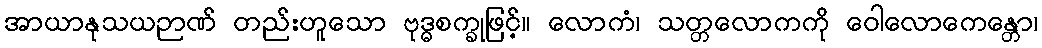
အာယာနုသယဉာဏ် တည်းဟူသော ဗုဒ္ဓစက္ခုဖြင့်။ လောကံ၊ သတ္တလောကကို ဝေါလောကေန္တော၊